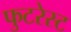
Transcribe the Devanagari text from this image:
फुटरेस्ट